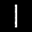
Label: 1